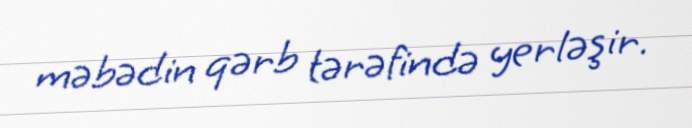
məbədin qərb tərəfində yerləşir.